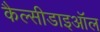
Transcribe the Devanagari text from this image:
कैल्सीडाइऑल